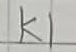
Text: K1